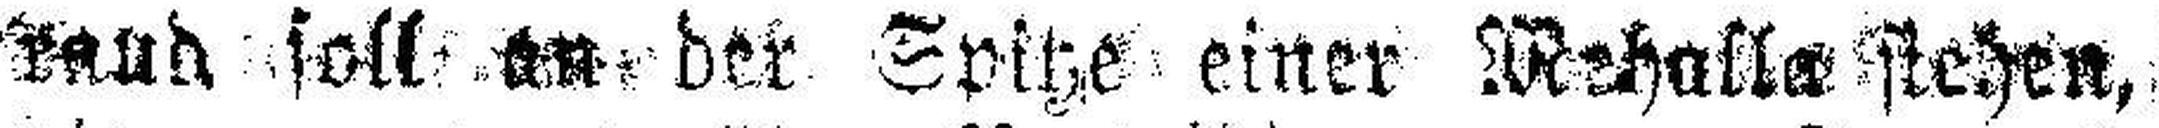
###ud soll an der Spitze einer Mehalle stehen,